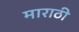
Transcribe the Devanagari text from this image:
माराठी